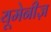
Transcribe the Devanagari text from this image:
यूमेनीज़